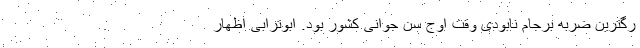
رگترین ضربه برجام نابودی وقت اوج سن جوانی کشور بود. ابوترابی اظهار